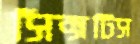
সিক্সটিস